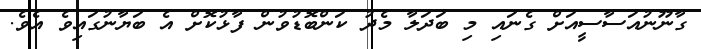
ގާނޫނުއަސާސީއަށް ގެނައި މި ބަދަލާ މެދު ކަންބޮޑުވުން ފާޅުކޮށް އެ ބަޔާނުގައިވެ އެވެ.